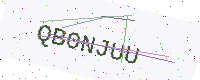
Text: QB0NJUU